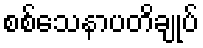
စစ်သေနာပတိချုပ်